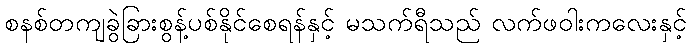
စနစ်တကျခွဲခြားစွန့်ပစ်နိုင်စေရန်နှင့် မသက်ရီသည် လက်ဖဝါးကလေးနှင့်